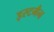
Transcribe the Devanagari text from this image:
इस्टमैन